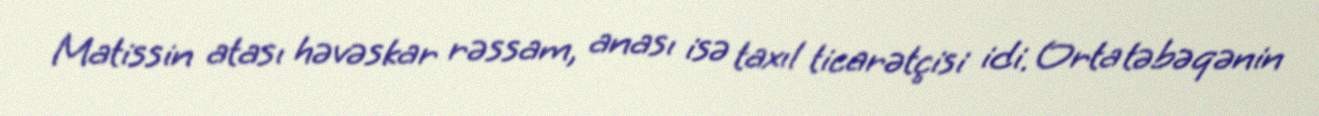
Matissin atası həvəskar rəssam, anası isə taxıl ticarətçisi idi. Orta təbəqənin